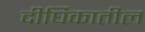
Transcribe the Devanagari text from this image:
दीर्घिकातील